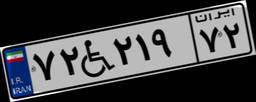
۷۲W۲۱۹۷۲